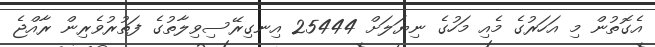
އެގޮތުން މި އަހަރުގެ މެއި މަހުގެ ނިޔަލަށް 25444 އިނގިރޭސިވިލާތުގެ ފަތުރުވެރިން ރާއްޖެ